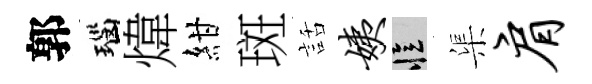
郭瑙煒紺斑話姨忆渠肩